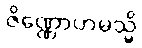
ဇိဏ္ဏောဟမသ္မိ